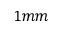
1 m m